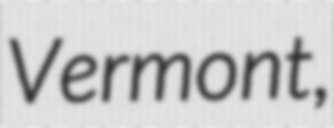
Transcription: Vermont,